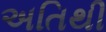
અતિથી